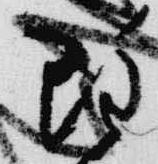
雖